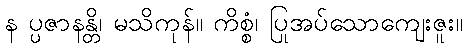
န ပ္ပဇာနန္တိ၊ မသိကုန်။ ကိစ္စံ၊ ပြုအပ်သောကျေးဇူး။